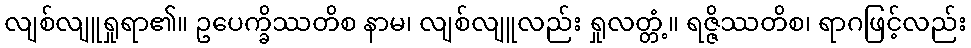
လျစ်လျူရှုရာ၏။ ဥပေက္ခိဿတိစ နာမ၊ လျစ်လျူလည်း ရှုလတ္တံ့။ ရဇ္ဇိဿတိစ၊ ရာဂဖြင့်လည်း